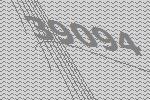
39094